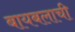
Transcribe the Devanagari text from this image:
बायबलाची